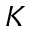
K